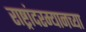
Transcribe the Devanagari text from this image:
राष्ट्रांदरम्यानच्या